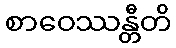
စာဝေဿန္တီတိ